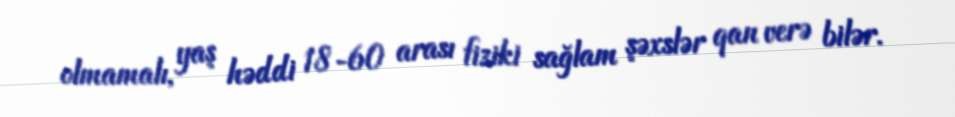
olmamalı, yaş həddi 18-60 arası fiziki sağlam şəxslər qan verə bilər.